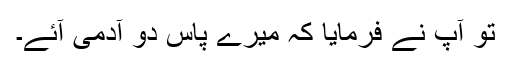
تو آپؐ نے فرمایا کہ میرے پاس دو آدمی آئے۔